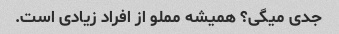
جدی میگی؟ همیشه مملو از افراد زیادی است.